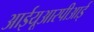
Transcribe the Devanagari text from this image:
आईयूआरपीआई